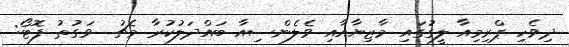
ދިވެހި ޕްރިމިއާ ލީގުގައި މާޒިޔާއާއި ވެލެންސިއާ ބައްދަލުކުރާ މެޗު  ވަގުތު ފޮޓޯ: